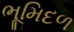
ભૂમિદળ